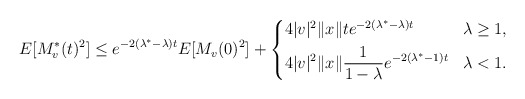
\begin{align*}E[M^*_v(t)^2]\le e^{-2(\lambda^*-\lambda)t}E[M_v(0)^2]+\left\{\begin{aligned}&4|v|^2\|x\|te^{-2(\lambda^*-\lambda)t} &&\lambda\ge1,\\&4|v|^2\|x\|\frac{1}{1-\lambda}e^{-2(\lambda^*-1)t} &&\lambda<1.\end{aligned}\right.\end{align*}